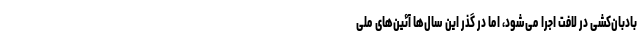
بادبان‌کشی در لافت اجرا می‌شود، اما در گذر این سال‌ها آئین‌های ملی